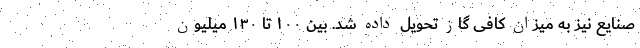
صنایع نیز به میزان کافی گاز تحویل داده شد. بین ۱۰۰ تا ۱۳۰ میلیون‌